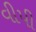
વીપી